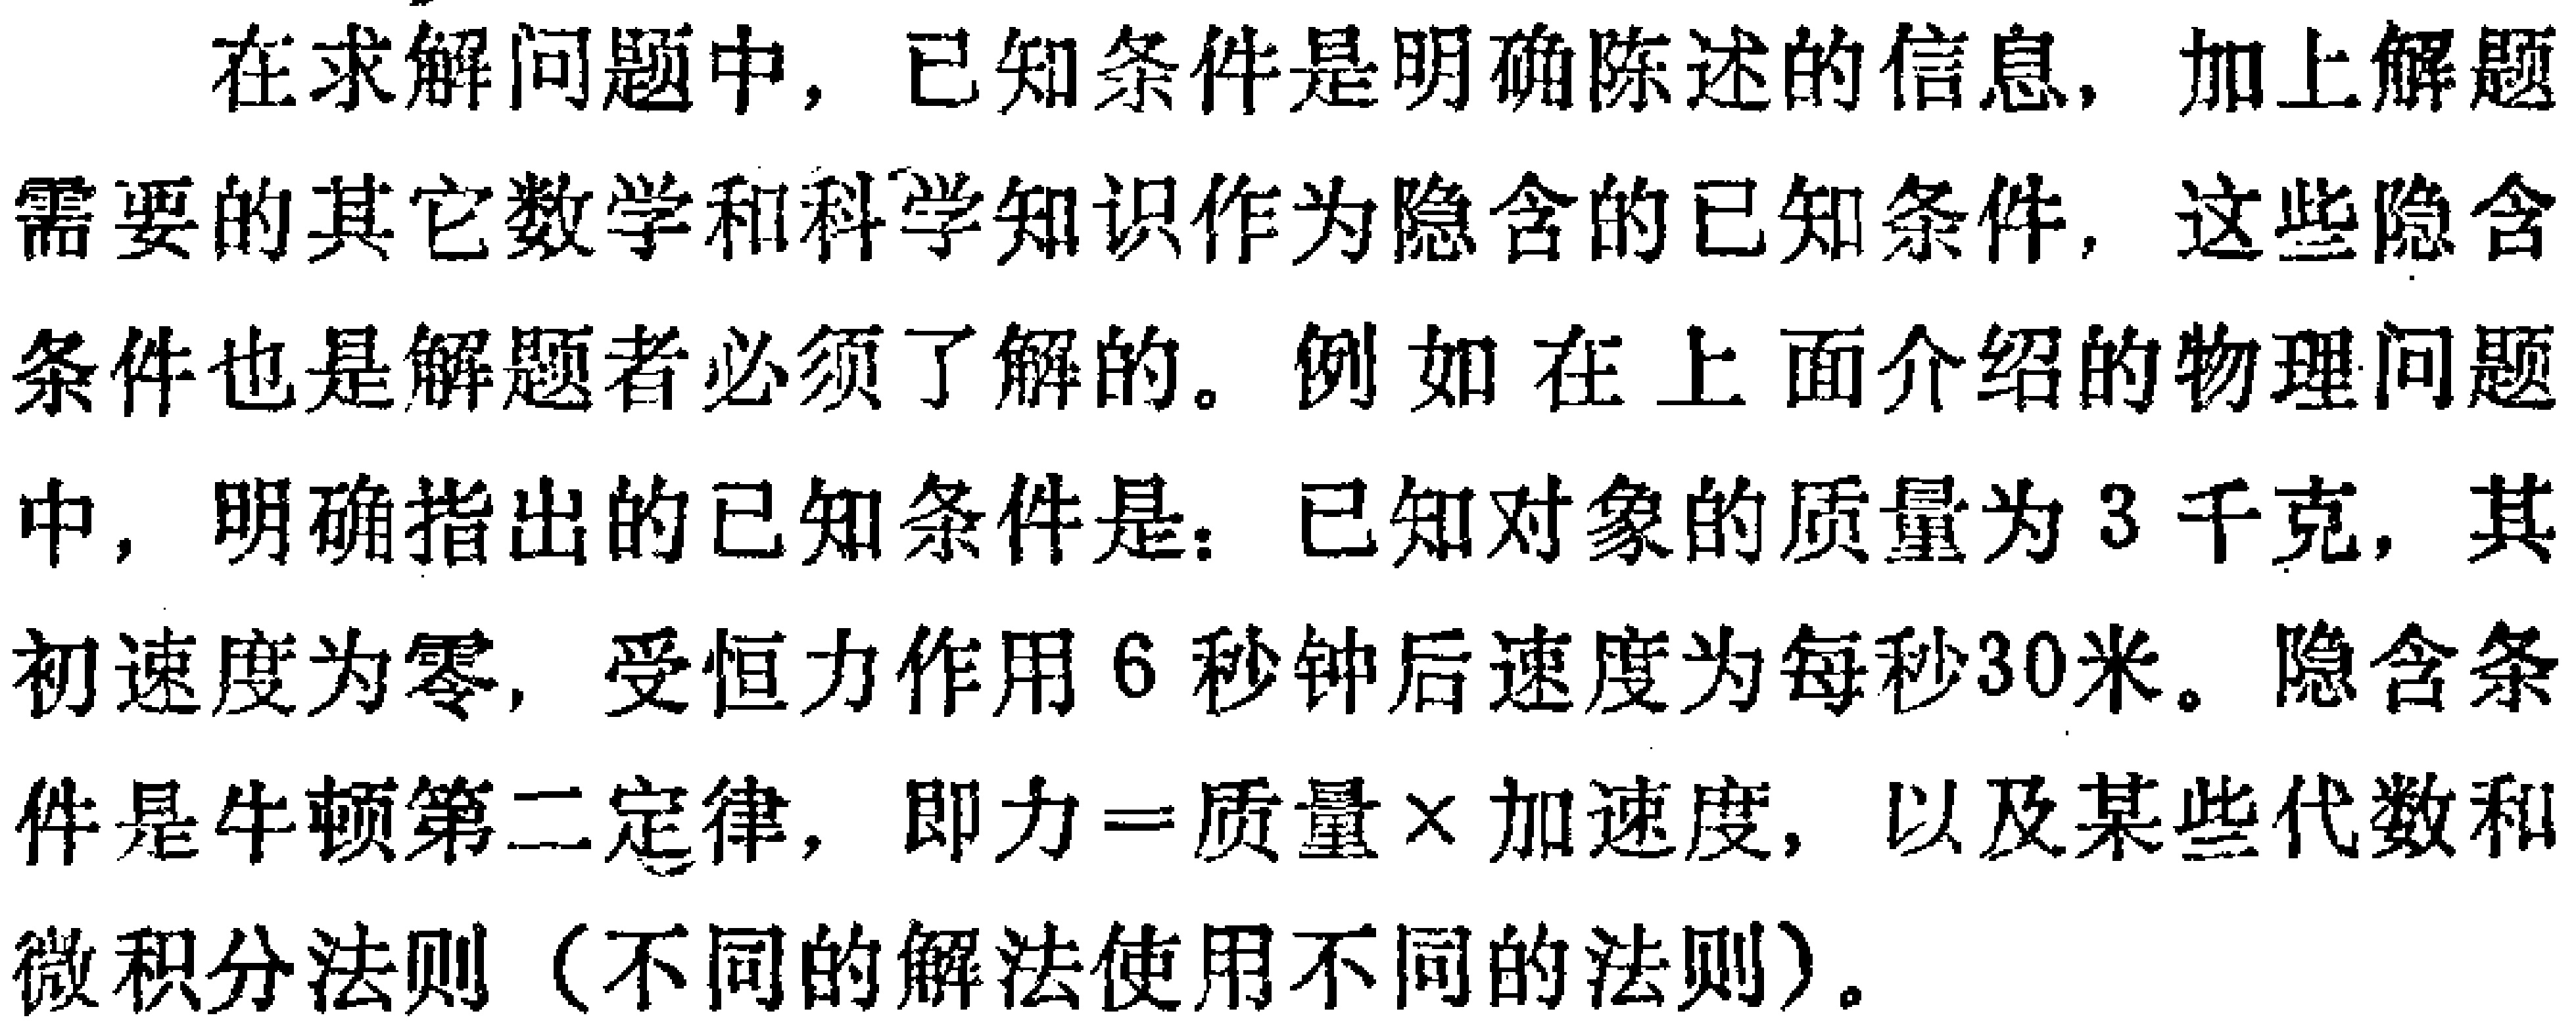
在求解问题中，已知条件是明确陈述的信息，加上解题需要的其它数学和科学知识作为隐含的已知条件，这些隐含条件也是解题者必须了解的。例如在上面介绍的物理问题中，明确指出的已知条件是：已知对象的质量为3千克，其初速度为零，受恒力作用6秒钟后速度为每秒30米。隐含条件是牛顿第二定律，即力=质量×加速度，以及某些代数和微积分法则（不同的解法使用不同的法则）。